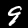
Label: 9